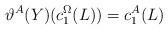
LaTeX: \begin{align*}\vartheta^A(Y)(c_1^\Omega(L))=c_1^A(L)\end{align*}